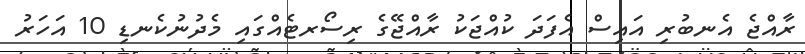
ރާއްޖެ އެނބުރި އައިސް އެފަދަ ކުއްޖަކު ރާއްޖޭގެ ރިސޯރޓެއްގައި މެދުނުކެނޑި 10 އަހަރު